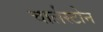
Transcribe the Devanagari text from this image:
चार्लस्टोन